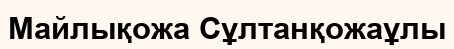
Майлықожа Сұлтанқожаұлы